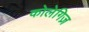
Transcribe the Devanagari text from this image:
कोलेगिज़